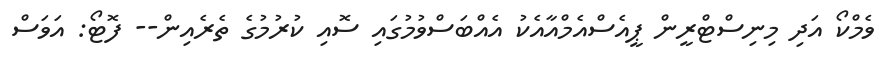
ވެމްކޯ އަދި މިނިސްޓްރީން ޕީއެސްއެމްއާއެކު އެއްބަސްވުމުގައި ސޮއި ކުރުމުގެ ތެރެއިން-- ފޮޓޯ: އަވަސް